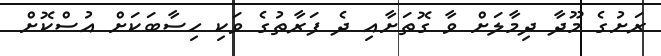
ރަށުގެ މޫދާ ދިމާލަށް ވާ ގޮތަށާއި ދެ ފަރާތުގެ ވަކި ހިސާބަކަށް އުސްކޮށް